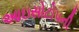
આઇસોટોપની